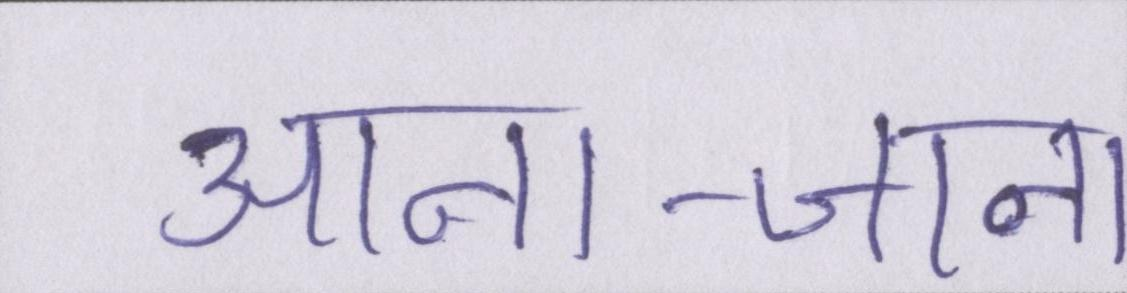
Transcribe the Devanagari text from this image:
आना-जाना